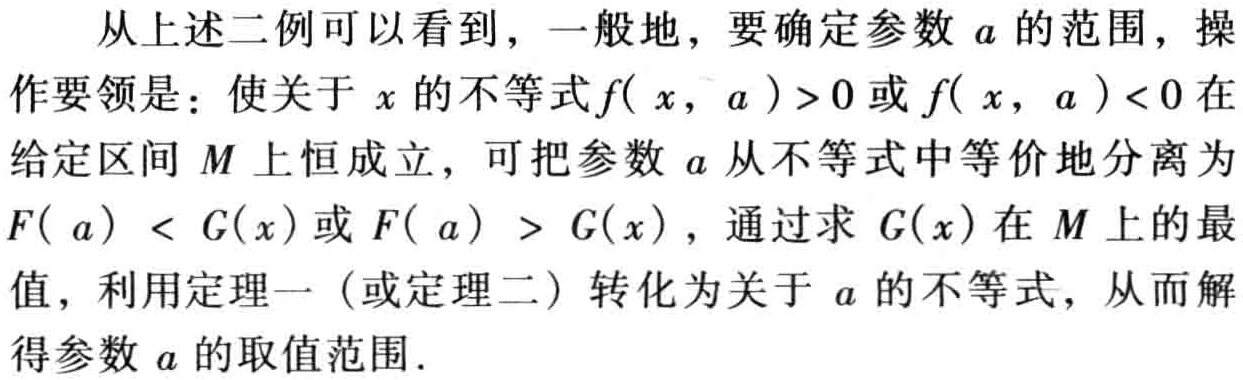
从上述二例可以看到，一般地，要确定参数 \(a\) 的范围，操作要领是：使关于 \(x\) 的不等式 \(f( x, a )>0\) 或 \(f( x, a )<0\) 在给定区间 \(M\) 上恒成立，可把参数 \(a\) 从不等式中等价地分离为 \(F( a) < G(x)\) 或 \(F( a) > G(x)\)，通过求 \(G(x)\) 在 \(M\) 上的最值，利用定理一（或定理二）转化为关于 \(a\) 的不等式，从而解得参数 \(a\) 的取值范围.